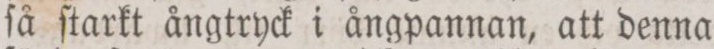
ſå ſtarkt ångtryck i ångpannan, att denna